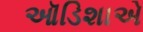
ઑડિશાએ